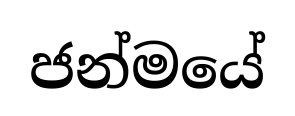
ජන්මයේ